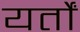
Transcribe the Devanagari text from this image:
यर्तों